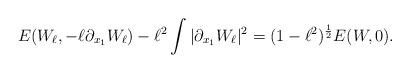
LaTeX: \begin{align*}E(W_\ell,-\ell \partial_{x_1} W_\ell)-\ell^2\int|\partial_{x_1}W_\ell|^2 = (1-\ell^2)^{\frac 12} E(W,0).\end{align*}